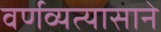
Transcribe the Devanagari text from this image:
वर्णव्यत्यासाने